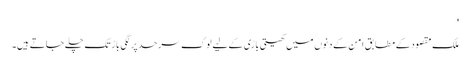
'
ملک مقصود کے مطابق امن کے دنوں میں کھیتی باڑی کے لیے لوگ سرحد پر لگی باڑ تک چلے جاتے ہیں۔